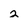
Character: 2